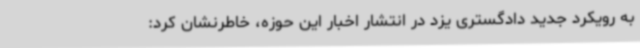
به رویکرد جدید دادگستری یزد در انتشار اخبار این حوزه، خاطرنشان کرد:‌